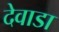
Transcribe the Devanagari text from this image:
देवाडा